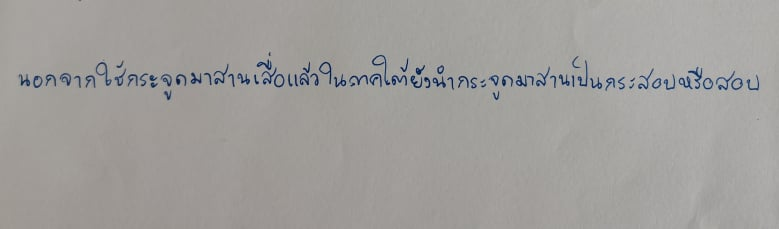
นอกจากใช้กระจูดมาสานเสื่อแล้วในภาคใต้ยังนำกระจูดมาสานเป็นกระสอบหรือสอบ